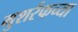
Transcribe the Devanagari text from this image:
मुशर्रफच्या